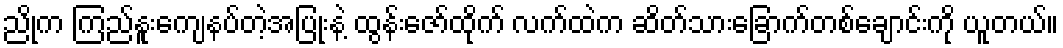
ညိုက ကြည်နူးကျေနပ်တဲ့အပြုံးနဲ့ ထွန်းဇော်ထိုက် လက်ထဲက ဆိတ်သားခြောက်တစ်ချောင်းကို ယူတယ်။